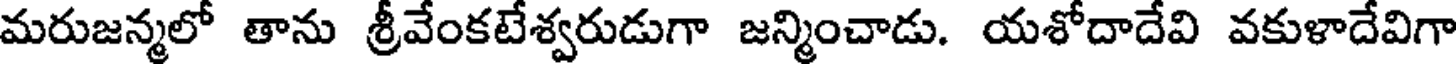
మరుజన్మలో తాను శ్రీవేంకటేశ్వరుడుగా జన్మించాడు. యశోదాదేవి వకుళాదేవిగా